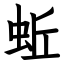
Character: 蚯